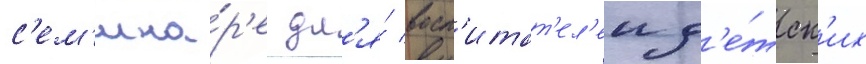
с'ем'ина́р'е дл'я́ восп'итат'ел'еи д'е́тск'их